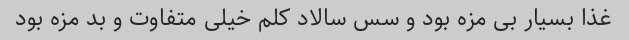
غذا بسیار بی مزه بود و سس سالاد کلم خیلی متفاوت و بد مزه بود